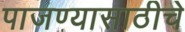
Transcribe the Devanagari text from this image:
पाजण्यासाठीचे